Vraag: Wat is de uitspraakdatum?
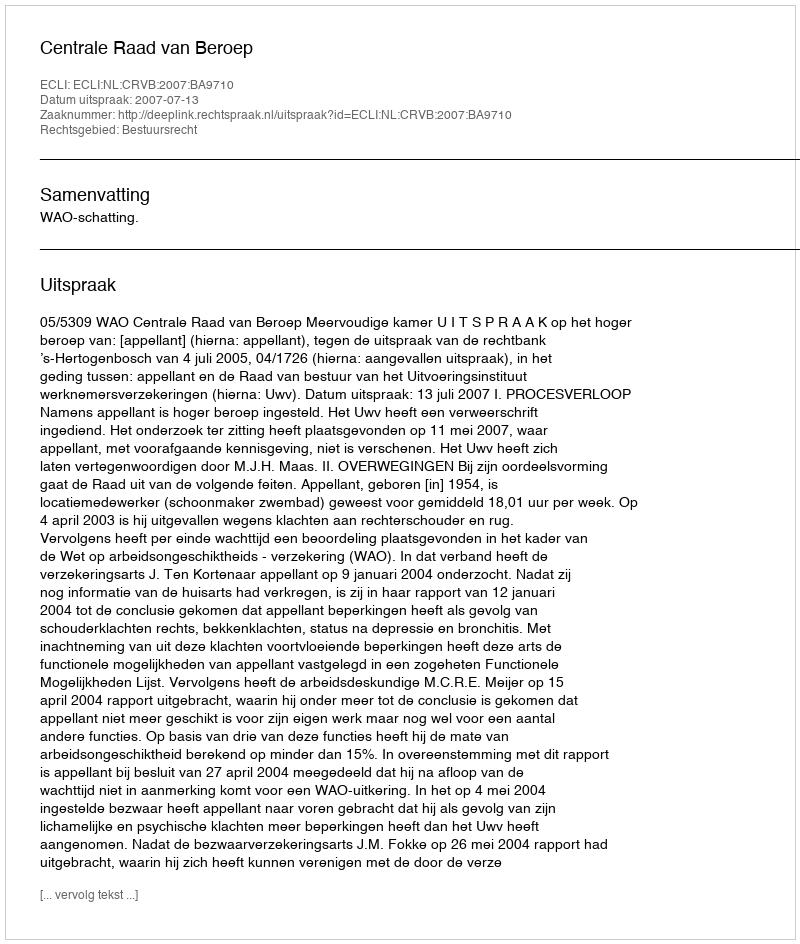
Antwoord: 2007-07-13